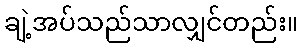
ချဲ့အပ်သည်သာလျှင်တည်း။